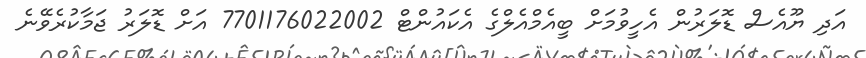
އަދި ޔޫއެސް ޑޮލަރުން އެހީވުމަށް ބީއެމްއެލްގެ އެކައުންޓް 7701176022002 އަށް ޑޮލަރު ޖަމާކުރެވޭނެ